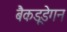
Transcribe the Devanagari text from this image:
बैकडूडेगन